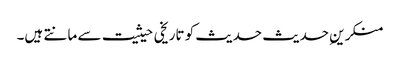
منکرینِ حدیث حدیث کو تاریخی حیثیت سے مانتے ہیں۔